Report on plague and inoculation in the Punjab from October 1st ... to September 30th..., being the ... season of plague in the province
Disease focus: Plague
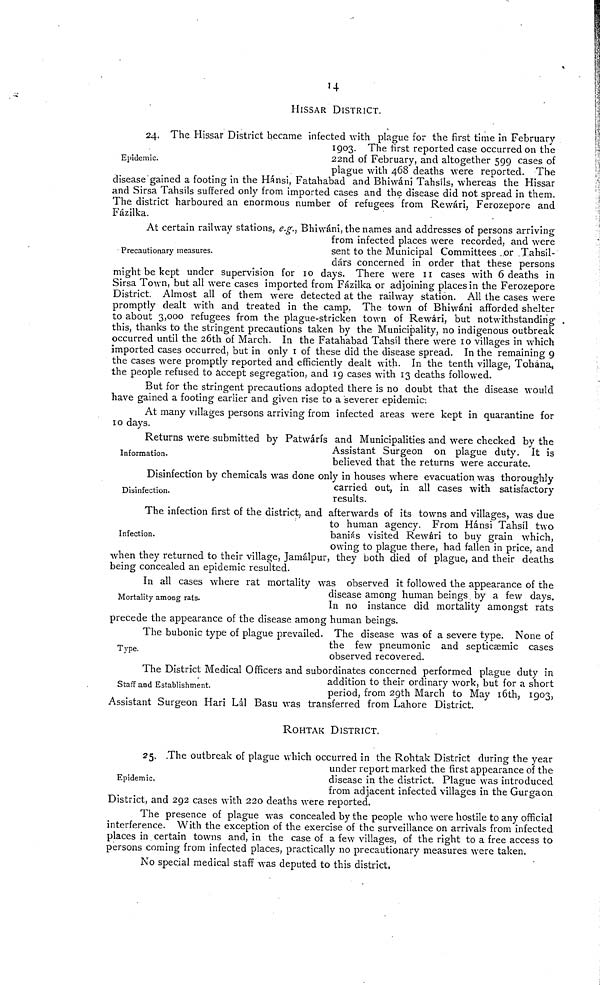
14
HISSAR DISTRICT.
Epidemic.
24. The Hissar District became infected with plague for the first time in February
1903. The first reported case occurred on the
22nd of February, and altogether 599 cases of
plague with 468 deaths were reported. The
disease gained a footing in the Hánsi, Fatahabad and Bhiwáni Tahsíls, whereas the Hissar
and Sirsa Tahsíls suffered only from imported cases and the disease did not spread in them.
The district harboured an enormous number of refugees from Rewári, Ferozepore and
Fázilka.
Precautionary measures.
At certain railway stations, e.g., Bhiwani, the names and addresses of persons arriving
from infected places were recorded, and were
sent to the Municipal Committees ..or Tahsil-
dárs concerned in order that these persons
might be kept under supervision for 10 days. There were 11 cases with 6 deaths in
Sirsa Town, but all were cases imported from Fázilka or adjoining places in the Ferozepore
District. Almost all of them were detected at the railway station. All the cases were
promptly dealt with and treated in the camp, The town of Bhiwáni afforded shelter
to about 3,000 refugees from the plague-stricken town of Rewári, but notwithstanding
this, thanks to the stringent precautions taken by the Municipality, no indigenous outbreak
occurred until the 26th of March. In the Fatahabad Tahsil there were 10 villages in which
imported cases occurred, but in only 1 of these did the disease spread. In the remaining 9
the cases were promptly reported and efficiently dealt with. In the tenth village, Tohána,
the people refused to accept segregation, and 19 cases with 13 deaths followed.
But for the stringent precautions adopted there is no doubt that the disease would
have gained a footing earlier and given rise to a severer epidemic;
At many villages persons arriving from infected areas were kept in quarantine for
10 days.
Information.
Returns were submitted by Patwárís and Municipalities and were checked by the
Assistant Surgeon on plague duty. It is
believed that the returns were accurate.
Disinfection.
Disinfection by chemicals was done only in houses where evacuation was thoroughly
carried out, in all cases with satisfactory
results.
Infection.
The infection first of the district, and afterwards of its towns and villages, was due
to human agency. From Hánsi Tahsíl two
baniás visited Rewári to buy grain which,
owing to plague there, had fallen in price, and
when they returned to their village, Jamálpur, they both died of plague, and their deaths
being concealed an epidemic resulted.
Mortality among rats.
In all cases where rat mortality was observed it followed the appearance of the
disease among human beings by a few days.
In no instance did mortality amongst rats
precede the appearance of the disease among human beings.
Type.
The bubonic type of plague prevailed. The disease was of a severe type. None of
the few pneumonic and septicaemic cases
observed recovered.
Staff and Establishment.
The District Medical Officers and subordinates concerned performed plague duty in
addition to their ordinary work, but for a short
period, from 29th March to May 16th, 1903,
Assistant Surgeon Hari Lál Basu was transferred from Lahore District.
ROHTAK DISTRICT.
Epidemic.
25. The outbreak of plague which occurred in the Rohtak District during the year
under report marked the first appearance of the
disease in the district. Plague was introduced
from adjacent infected villages in the Gurgaon
District, and 292 cases with 220 deaths were reported.
The presence of plague was concealed by the people who were hostile to any official
interference. With the exception of the exercise of the surveillance on arrivals from infected
places in certain towns and, in the case of a few villages, of the right to a free access to
persons coming from infected places, practically no precautionary measures were taken.
No special medical staff was deputed to this district.